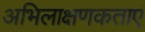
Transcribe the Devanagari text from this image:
अभिलाक्षणकताएं